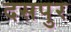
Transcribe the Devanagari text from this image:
दसपुर